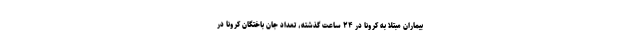
بیماران مبتلا به کرونا در ۲۴ ساعت گذشته، تعداد جان باختگان کرونا در